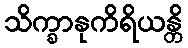
သိက္ခာနုကိရိယန္တိ